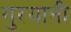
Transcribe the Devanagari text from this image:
गुरयानी